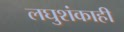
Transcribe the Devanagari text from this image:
लघुशंकाही